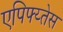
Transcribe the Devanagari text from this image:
एपिफ्य्तेस